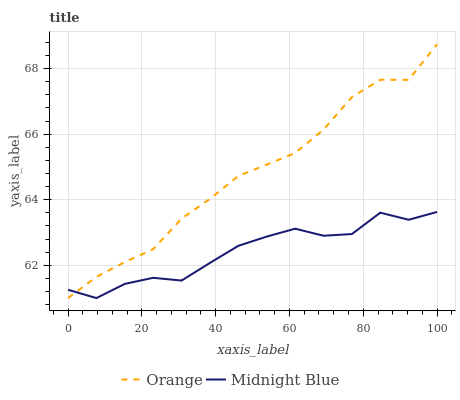
| xaxis_label | Orange | Midnight Blue |
 | --- | --- | --- |
 | 0 | 61 | 61.3 |
 | 7.69 | 61.6 | 61 |
 | 15.4 | 62.1 | 61.4 |
 | 23.1 | 62.5 | 61.6 |
 | 30.8 | 63.4 | 61.5 |
 | 38.5 | 64 | 62.1 |
 | 46.2 | 64.7 | 62.6 |
 | 53.8 | 65.1 | 62.9 |
 | 61.5 | 65.4 | 63.1 |
 | 69.2 | 66.1 | 62.9 |
 | 76.9 | 67.1 | 63 |
 | 84.6 | 67.7 | 63.6 |
 | 92.3 | 67.7 | 63.4 |
 | 100 | 68.7 | 63.6 |